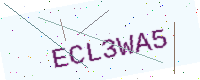
Text: ECL3WA5